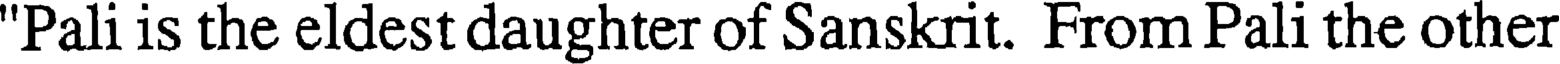
"Pali is the eldest daughter of Sanskrit. From Pali the other